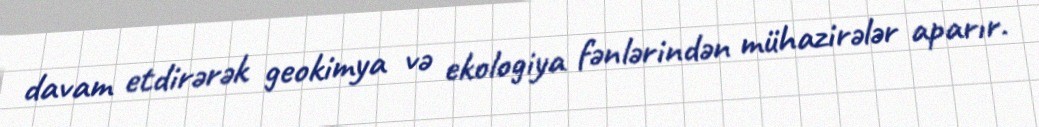
davam etdirərək geokimya və ekologiya fənlərindən mühazirələr aparır.